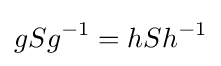
gSg^{-1}=hSh^{-1}